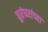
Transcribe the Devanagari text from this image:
धुरंधरांच्या